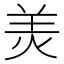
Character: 羙